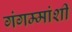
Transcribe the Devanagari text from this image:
गंगम्मांशी